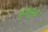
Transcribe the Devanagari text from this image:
भुजेमुळे